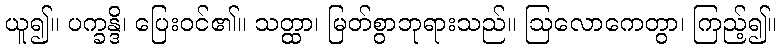
ယူ၍။ ပက္ခန္ဒိ၊ ပြေးဝင်၏။ သတ္ထာ၊ မြတ်စွာဘုရားသည်။ ဩလောကေတွာ၊ ကြည့်၍။